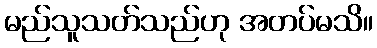
မည်သူသတ်သည်ဟု အတပ်မသိ။